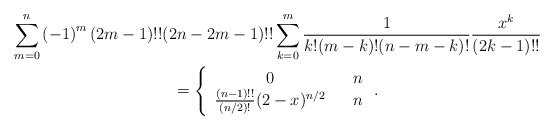
\begin{gather*}\sum_{m=0}^{n}\left( -1\right) ^{m}(2m-1)!!(2n-2m-1)!!\sum_{k=0}^{m}\frac{1}{k!(m-k)!(n-m-k)!}\frac{x^{k}}{(2k-1)!!} \\=\left\{ \begin{array}{ccc}0 & & n \\ \frac{(n-1)!!}{(n/2)!}(2-x)^{n/2} & & n\end{array}\right. .\end{gather*}